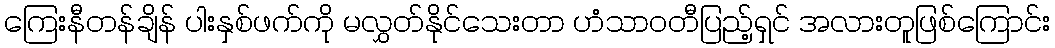
ကြေးနီတန်ချိန် ပါးနှစ်ဖက်ကို မလွှတ်နိုင်သေးတာ ဟံသာဝတီပြည့်ရှင် အလားတူဖြစ်ကြောင်း